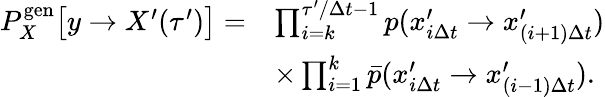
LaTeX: \begin{array}{rl}{P_{X}^{\mathrm{gen}}\bigl[y\to X^{\prime}(\tau^{\prime})\bigr]=}&{\prod_{i=k}^{\tau^{\prime}/\Delta t-1}p(x_{i\Delta t}^{\prime}\to x_{(i+1)\Delta t}^{\prime})}\\ &{\times\prod_{i=1}^{k}\bar{p}(x_{i\Delta t}^{\prime}\to x_{(i-1)\Delta t}^{\prime}).}\end{array}